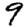
Digit: 9